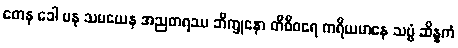
တေန ခေါ ပန သမယေန အညတရဿ ဘိက္ခုနော တိစီဝရေ ကရိယမာနေ သဗ္ဗံ ဆိန္နကံ